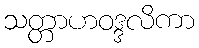
သတ္တာဟဝဒ္ဒလိကာ